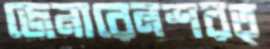
জেনারেলশরত্